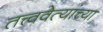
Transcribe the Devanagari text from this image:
तत्त्ववेत्यांच्या